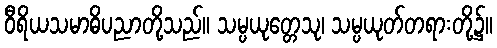
ဝီရိယသမာဓိပညာတို့သည်။ သမ္ပယုတ္တေသု၊ သမ္ပယုတ်တရားတို့၌။